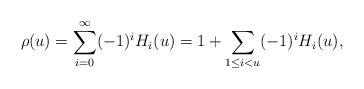
LaTeX: \begin{align*} \rho(u) = \sum_{i=0}^\infty (-1)^i H_i(u) = 1 + \sum_{1 \le i < u}(-1)^i H_i(u),\end{align*}